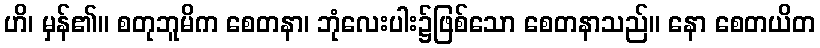
ဟိ၊ မှန်၏။ စတုဘူမိက စေတနာ၊ ဘုံလေးပါး၌ဖြစ်သော စေတနာသည်။ နော စေတယိတ